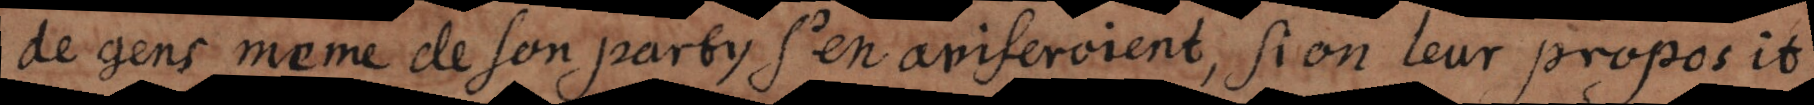
de gens mesme de son party s’en aviseroient, si on leur proposoit